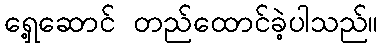
ရှေ့ဆောင် တည်ထောင်ခဲ့ပါသည်။